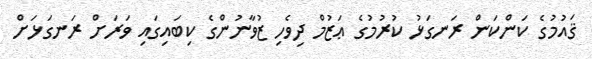
ޤައުމުގެ ކަންކަން ރަނގަޅު ކުރުމުގެ ޢަޒުމް ދިވެހި ޒުވާނުންގެ ކިބައިގައި ވަރަށް ރަނގަޅަށް